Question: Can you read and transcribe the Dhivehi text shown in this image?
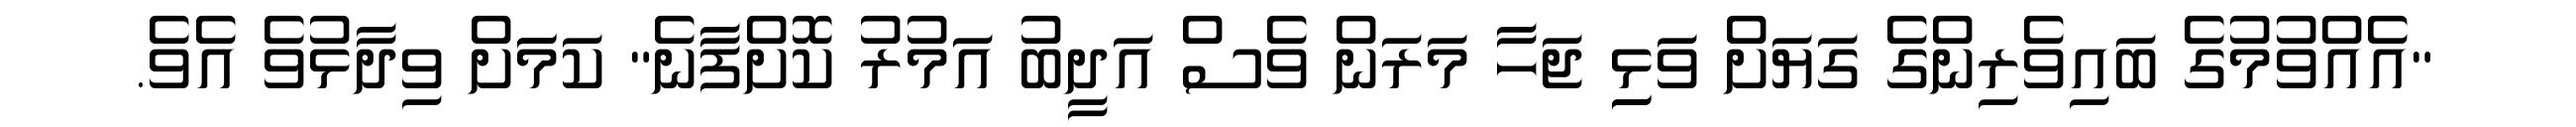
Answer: "އެއްވުމުގެ ބައިވެރިންގެ ގަޔަށް ވަޅިި ޖަހާ މަރަން ވެސް އަދީބު އަމުރު ކޮށްފާނެ" ކަމަަށް ވިދާޅުވެ އެވެ.